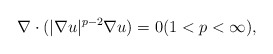
\begin{align*} \nabla\cdot(|\nabla u|^{p-2}\nabla u)=0 (1<p<\infty),\end{align*}